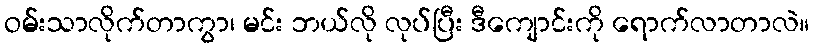
ဝမ်းသာလိုက်တာကွာ၊ မင်း ဘယ်လို လုပ်ပြီး ဒီကျောင်းကို ရောက်လာတာလဲ။